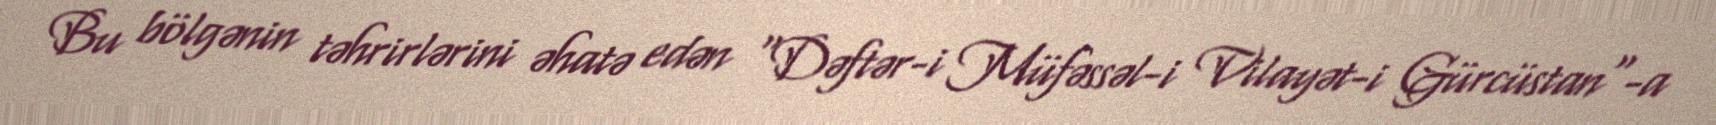
Bu bölgənin təhrirlərini əhatə edən "Dəftər-i Müfəssəl-i Vilayət-i Gürcüstan"-a